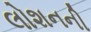
લોશનની